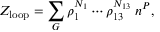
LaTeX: Z _ { \mathrm { l o o p } } = \sum _ { { \cal G } } \rho _ { 1 } ^ { N _ { 1 } } \cdots \rho _ { 1 3 } ^ { N _ { 1 3 } } \; n ^ { P } ,